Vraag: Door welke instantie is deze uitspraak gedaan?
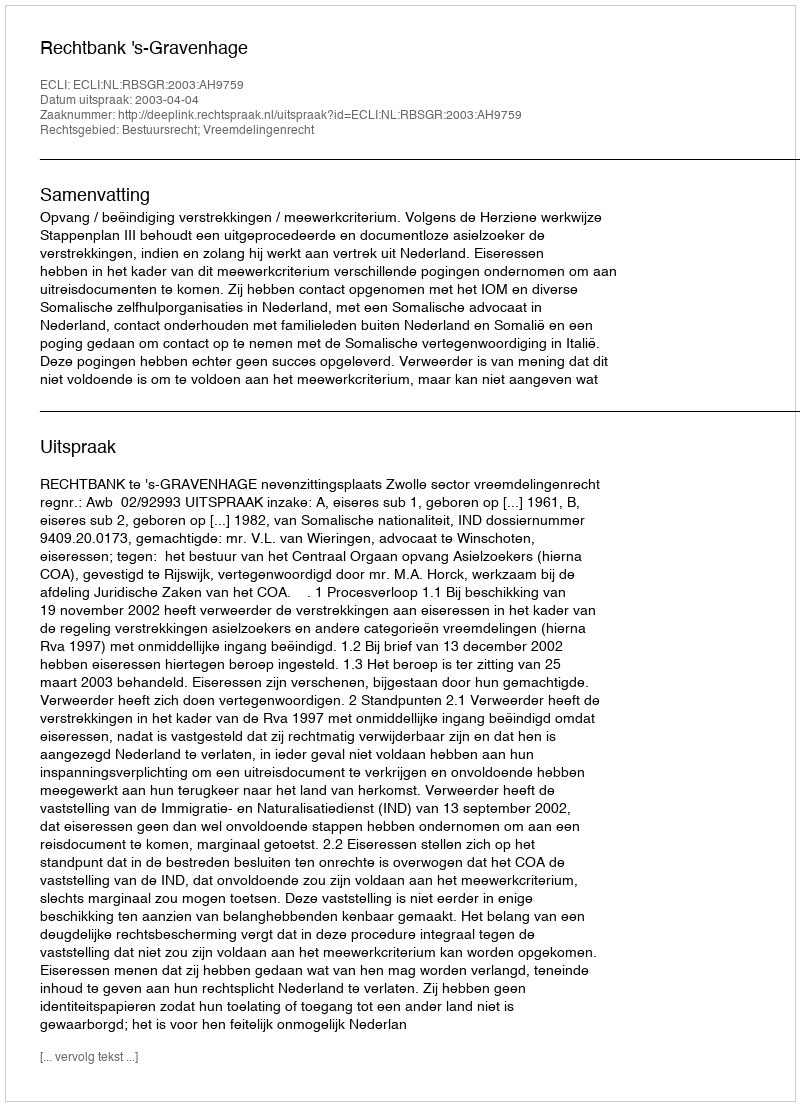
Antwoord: Rechtbank 's-Gravenhage